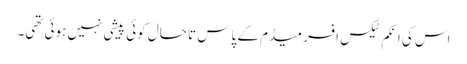
اس کی اِنکم ٹیکس افسر میڈم کے پاس تا حال کوئی پیشی نہیں ہوئی تھی۔